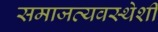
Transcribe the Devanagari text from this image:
समाजव्यवस्थेशी